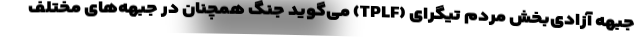
جبهه آزادی‌بخش مردم تیگرای (TPLF) می‌گوید جنگ همچنان در جبهه‌های مختلف